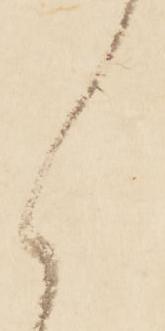
く